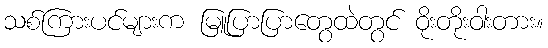
သစ်ကြားပင်များက မြူပြာပြာတွေထဲတွင် ဝိုးတိုးဝါးတား။